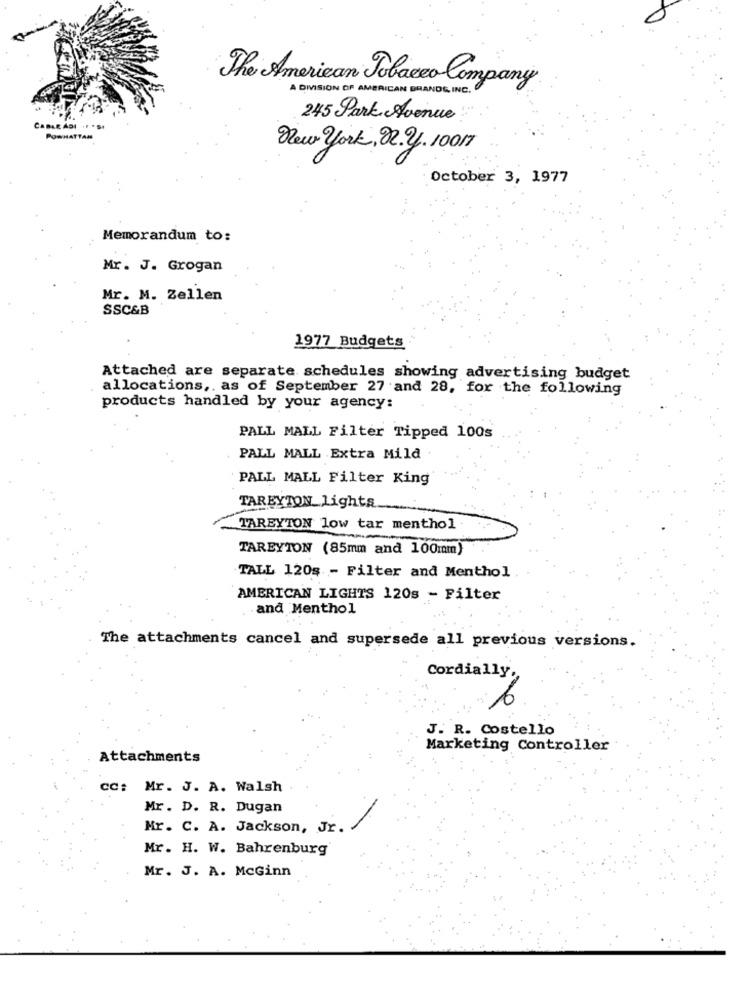
The American Tobacco Company
A DIVISION OF AMERICAN BRANDS INC .
245 Park Avenue
CABLE ADI F.
POWHATTAM
New york, R. y. 10017
October 3, 1977
Memorandum to:
Mr. J. Grogan
Mr. M. Zellen
SSC&B
1977 Budgets
Attached are separate schedules showing advertising budget
allocations, as of September 27 and 28, for the following
products handled by your agency:
PALL MALL Filter Tipped 100s
PALL MALL Extra Mild
PALL MALL Filter King
TAREYTON_ Lights
TAREYTON low tar menthol
TAREYTON (85mm and 100mm)
TALL 120s - Filter and Menthol
AMERICAN LIGHTS 120s - Filter
and Menthol
The attachments cancel and supersede all previous versions.
Cordially,
J. R. Costello
Marketing Controller
Attachments
cc: Mr. J. A. Walsh
Mr. D. R. Dugan
Mr. C. A. Jackson, Jr.
Mr. H. W. Bahrenburg
Mr. J. A. McGinn